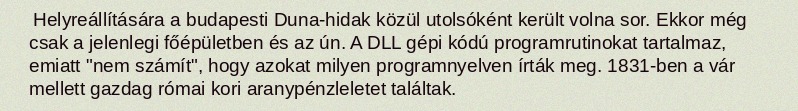
Helyreállítására a budapesti Duna-hidak közül utolsóként került volna sor. Ekkor még csak a jelenlegi főépületben és az ún. A DLL gépi kódú programrutinokat tartalmaz, emiatt "nem számít", hogy azokat milyen programnyelven írták meg. 1831-ben a vár mellett gazdag római kori aranypénzleletet találtak.